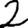
Digit: 2